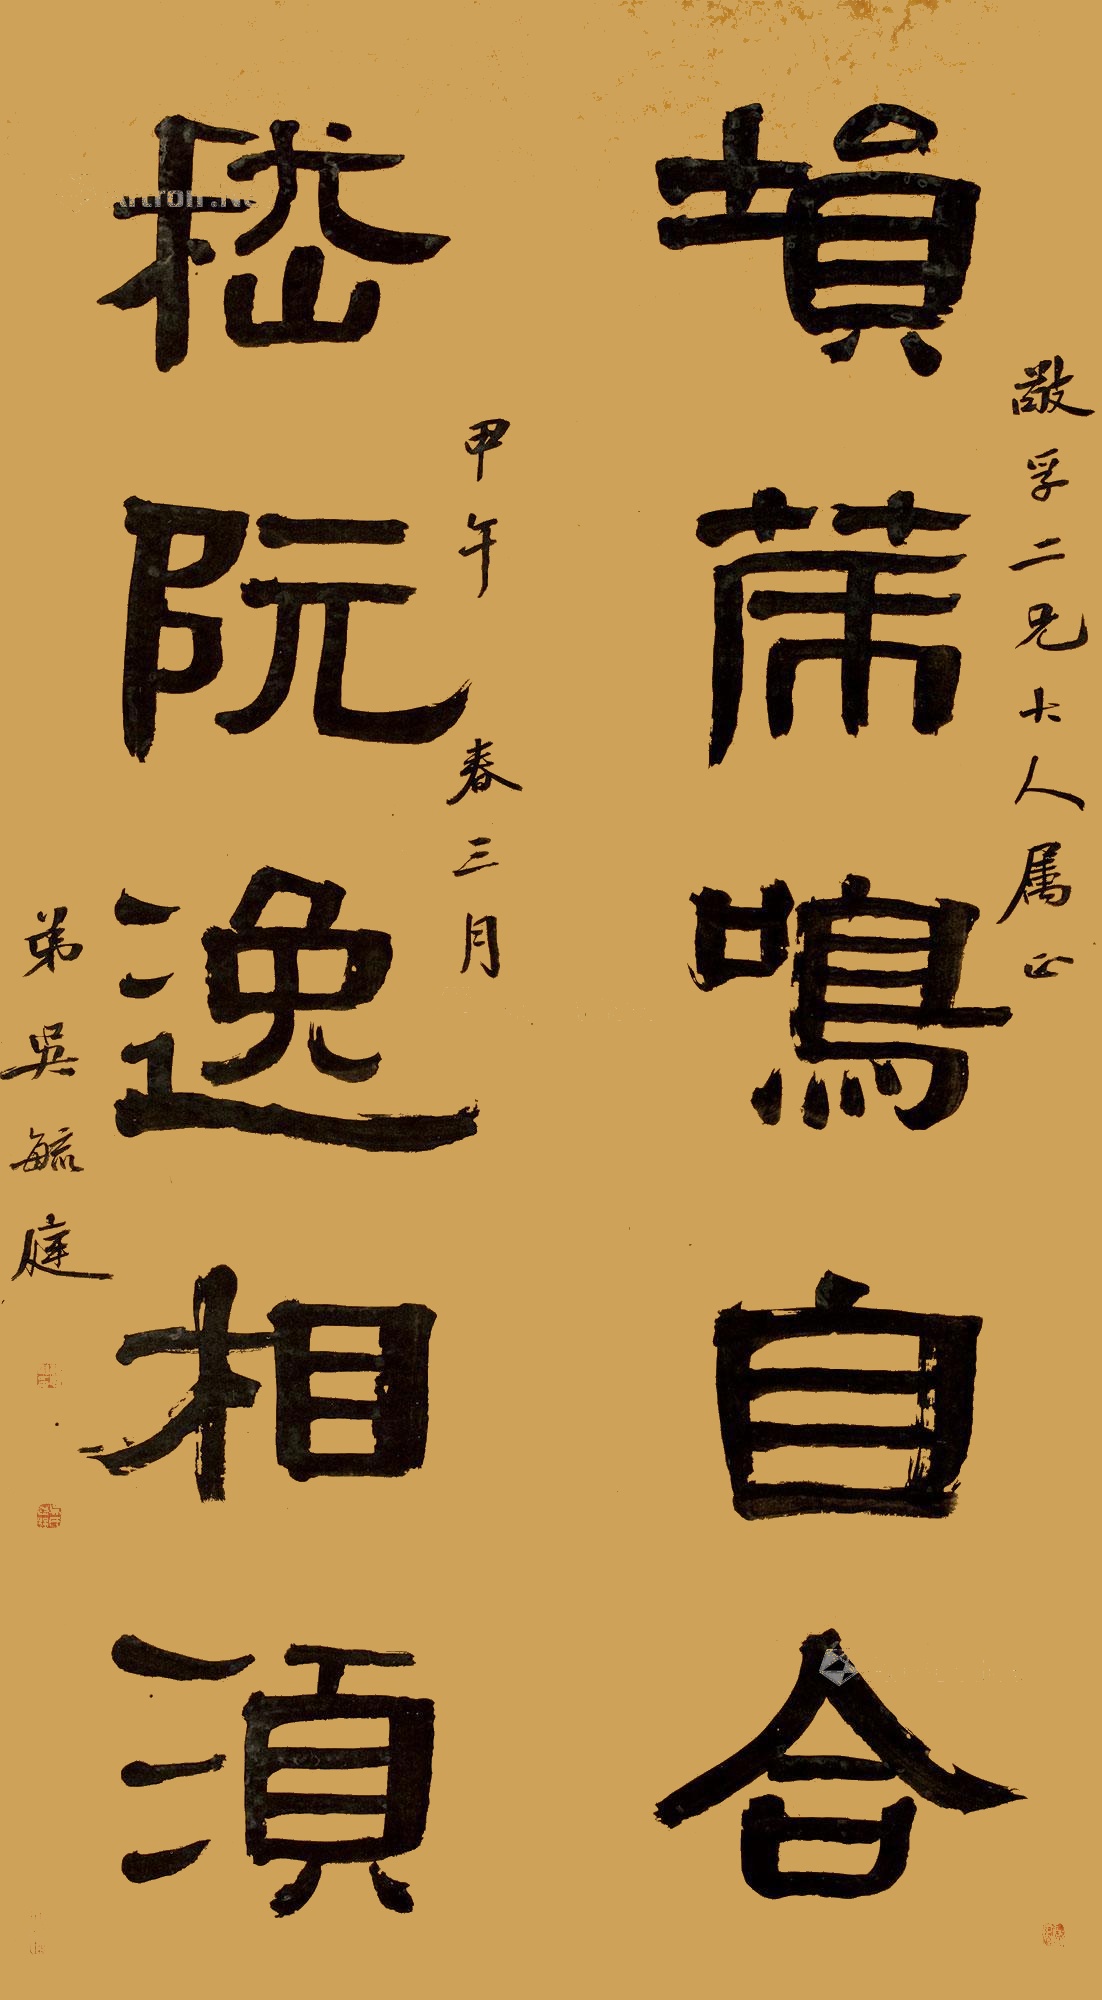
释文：埙篪鸣自合，嵇阮逸相须。敬孚二兄大人属正，甲午春三月，弟吴毓庭。